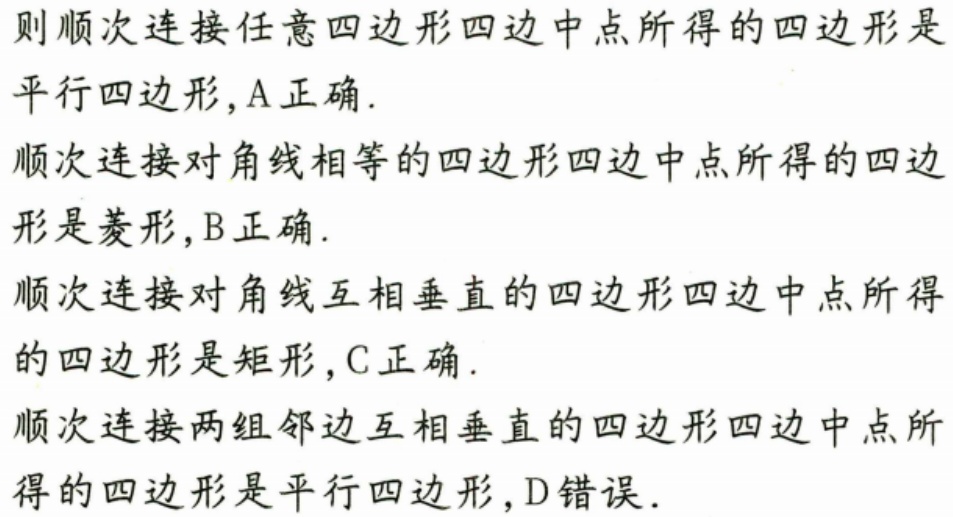
则顺次连接任意四边形四边中点所得的四边形是平行四边形，A正确.
顺次连接对角线相等的四边形四边中点所得的四边形是菱形，B正确.
顺次连接对角线互相垂直的四边形四边中点所得的四边形是矩形，C正确.
顺次连接两组邻边互相垂直的四边形四边中点所得的四边形是平行四边形，D错误．